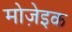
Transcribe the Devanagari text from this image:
मोजे़इक